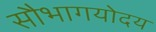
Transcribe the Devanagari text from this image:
सौभागयोदय